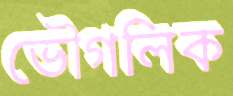
ভৌগলিক